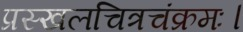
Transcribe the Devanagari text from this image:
प्रस्खलचित्रचंक्रमः।